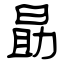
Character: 勗